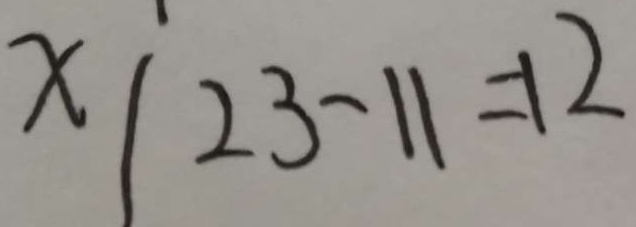
x \vert 2 3 - 1 1 = 1 2